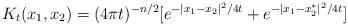
LaTeX: \begin{align*} K_t(x_1, x_2) = (4\pi t)^{-n/2}[e^{-|x_1 - x_2|^2/4t} + e^{-|x_1 - x_2^*|^2/4t}]\end{align*}